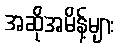
အဆိုအမိန့်များ